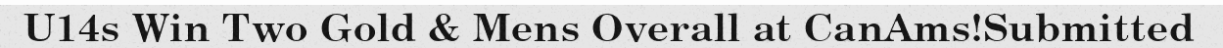
U14s Win Two Gold & Mens Overall at CanAms!Submitted